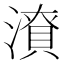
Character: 𭲜